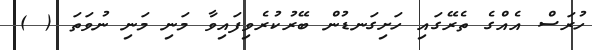
ހުރަސް އެއްގެ ތެރޭގައި ހަށިގަނޑުން ބޭރުކުރެވިފައިވާ މަނި މަނި ނުވަތަ ( )